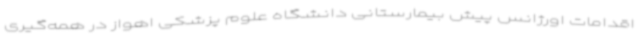
اقدامات اورژانس پیش بیمارستانی دانشگاه علوم پزشکی اهواز در همه‌گیری